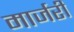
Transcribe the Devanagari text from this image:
मार्जरी